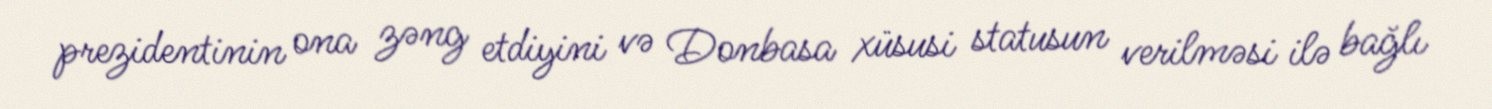
prezidentinin ona zəng etdiyini və Donbasa xüsusi statusun verilməsi ilə bağlı